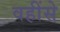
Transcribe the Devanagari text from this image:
वहींसे